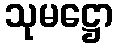
သုမဋ္ဌော